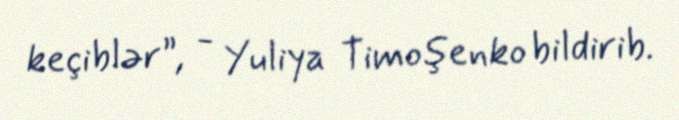
keçiblər”, - Yuliya Timoşenko bildirib.